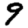
Digit: 9